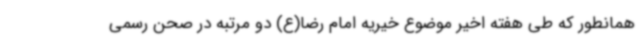
همانطور که طی هفته اخیر موضوع خیریه امام رضا(ع) دو مرتبه در صحن رسمی